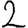
Digit: 2